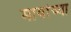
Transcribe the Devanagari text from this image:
मायांच्या